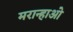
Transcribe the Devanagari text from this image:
मरान्हाओ